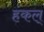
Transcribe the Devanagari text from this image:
हंकल्